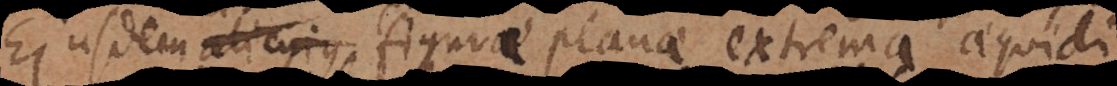
Ejusdem figurae planae extrema aequidi